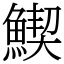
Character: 䱮